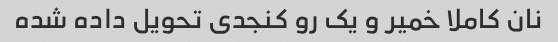
نان کاملا خمیر و یک رو کنجدی تحویل داده شده